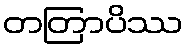
တတြာပိဿ